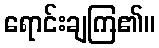
ရောင်းချကြ၏။